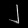
Digit: ၂